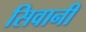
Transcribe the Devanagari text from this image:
सिवानी